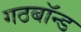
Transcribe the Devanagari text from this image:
गठबॉन्ड